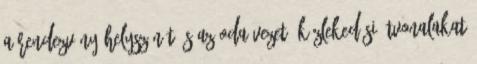
a rendezvény helyszínét és az oda vezető közlekedési útvonalakat